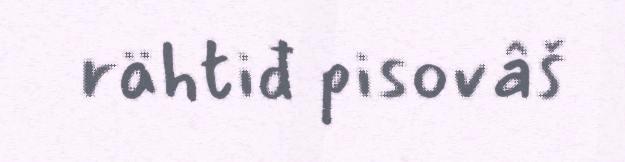
rähtiđ pisovâš